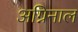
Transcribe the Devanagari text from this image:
अग्निनाल